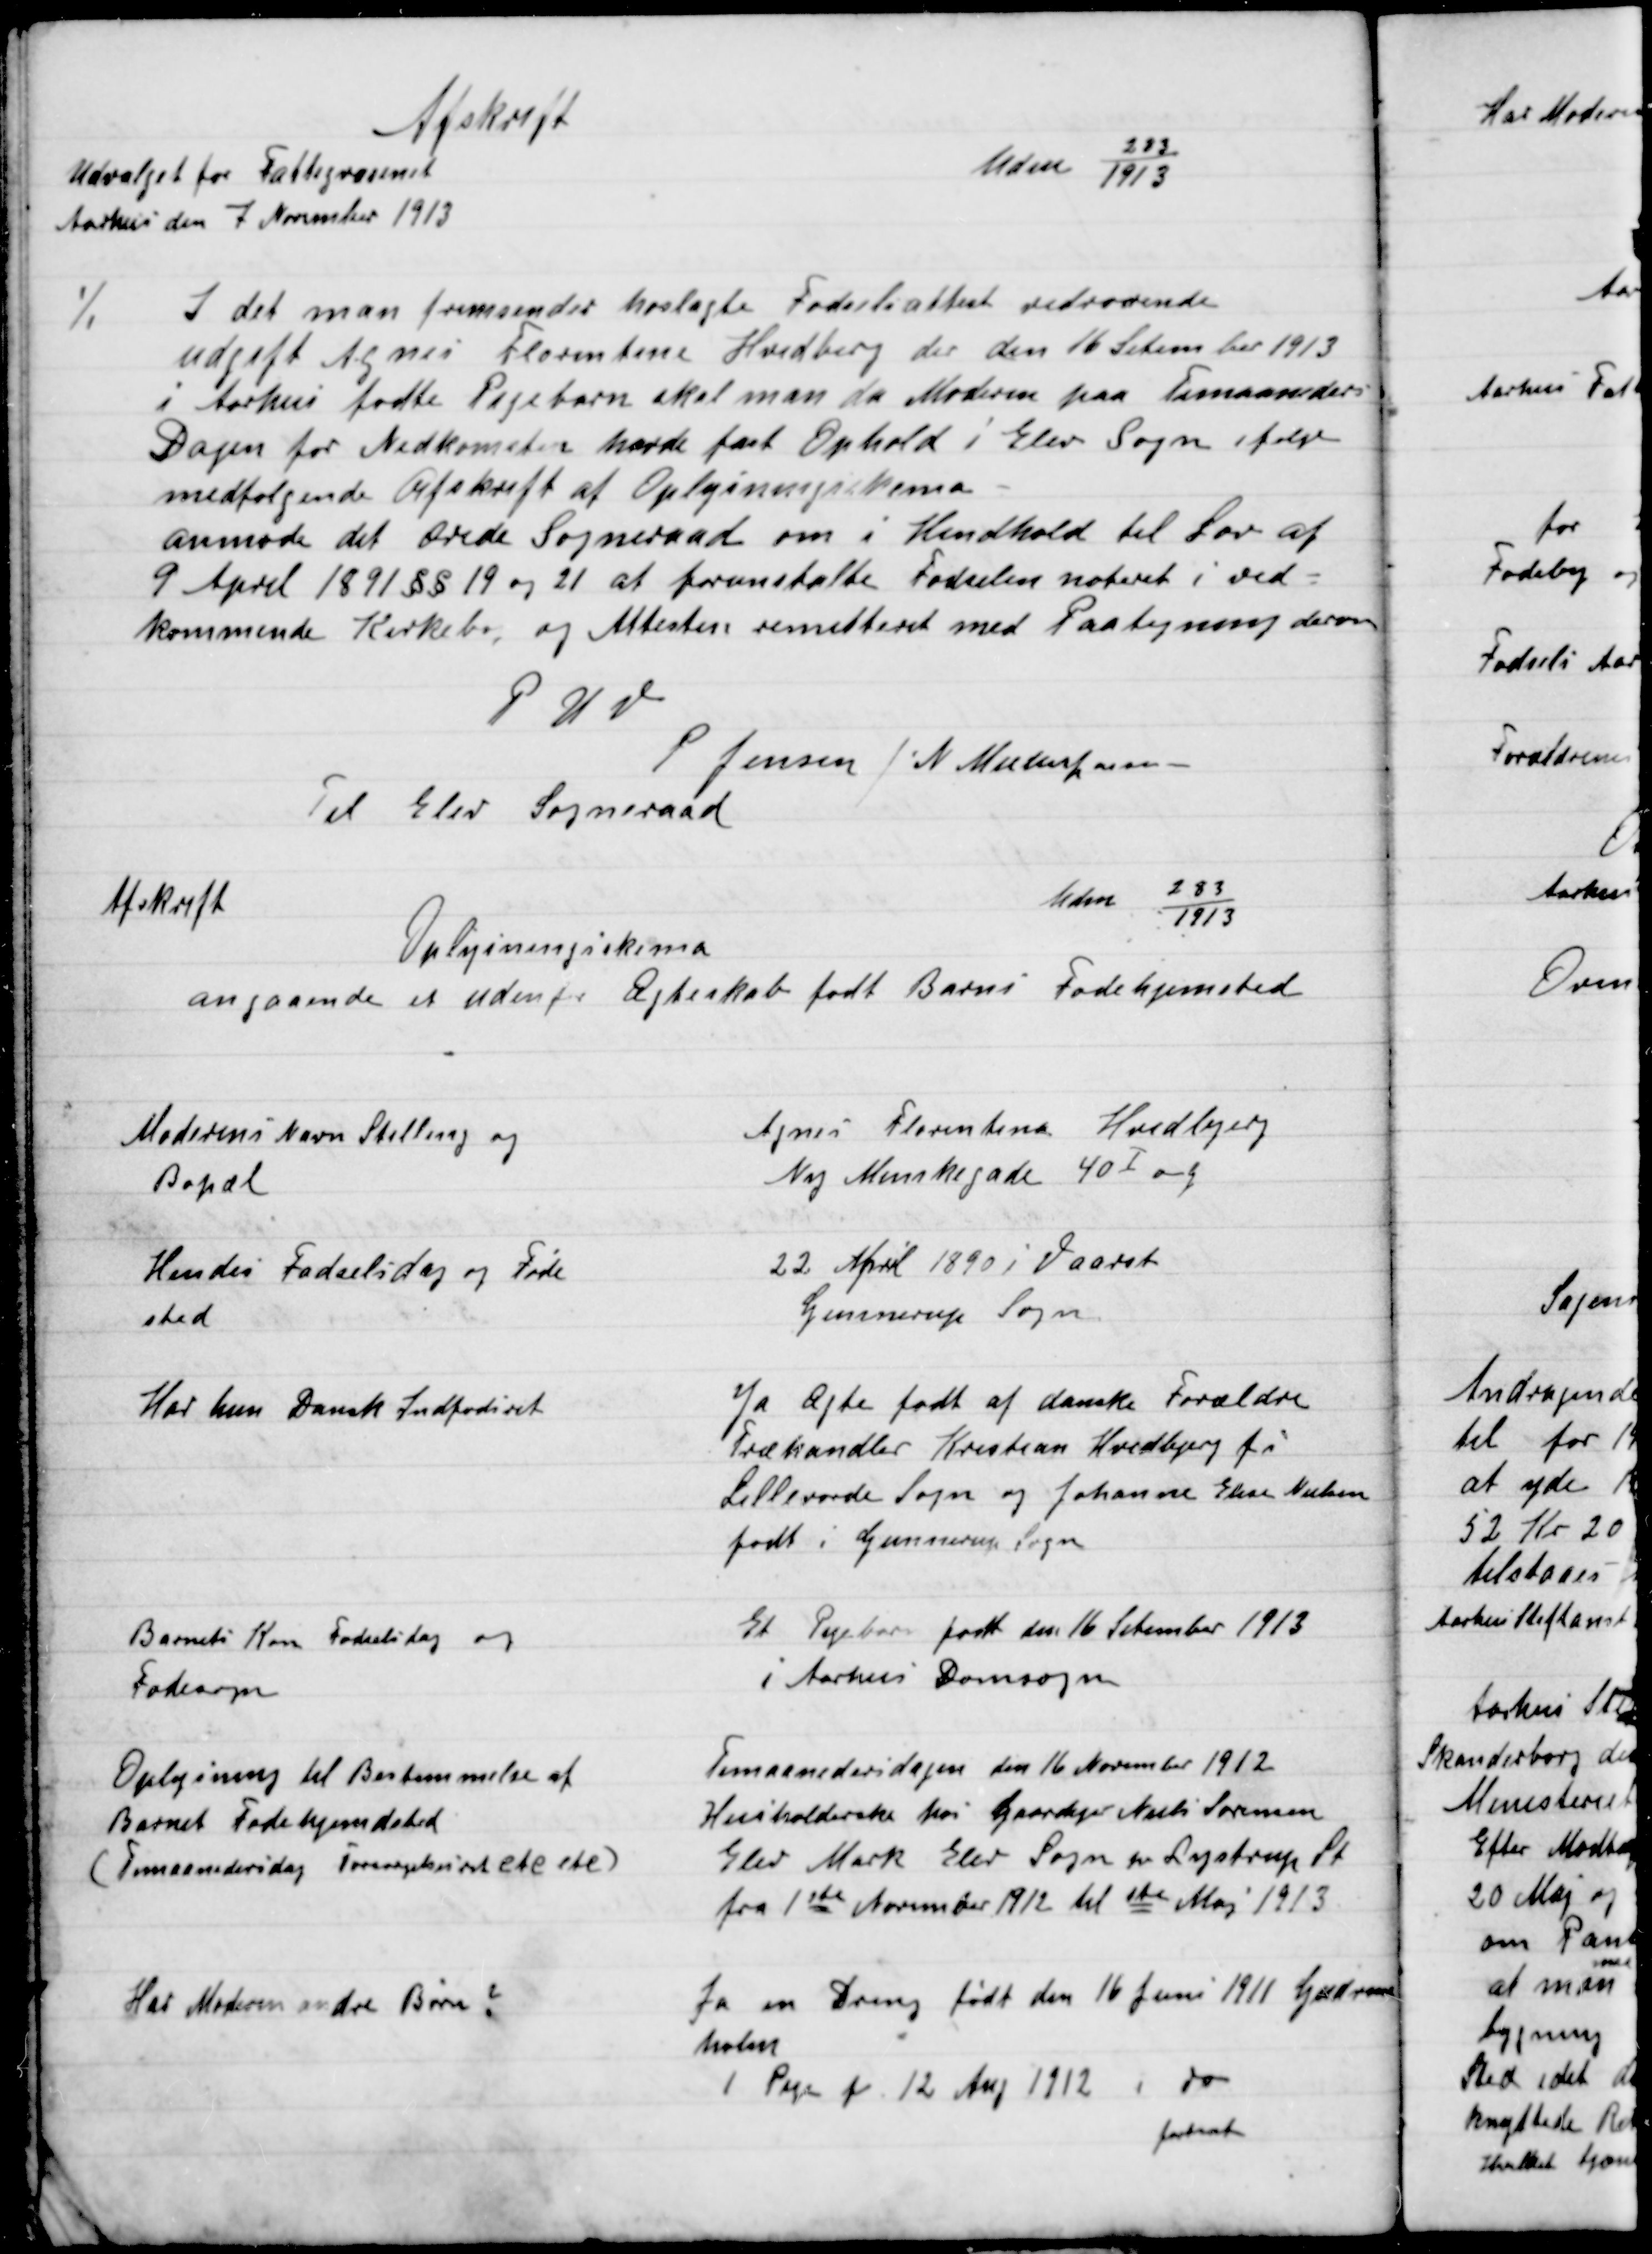
Transskription:
Afskrift
Adm 283/1913
Udvalget for fattigvæsenet
Aarhus den 7 November 1913
%
I det man fremsender hoslagte Fødselsattest vedraaende
Ugift Agnes Florentina Hvedberg der den 16 September 1913
I Aarhus fødte Pigebarn skal man da Moderen paa Timaaneders
Dagen før Nedkomsten have fast Ophold i Elev Sogn efter
medfølgende afskrift af Oplysningsskema
Anmode det Ærede Sogneraad om i Hendhold til Lov af
9 april 1891 §§ 19 og 21 at foranstalte Fødslen noteret i ved-
kommende Kirkebog, og Attesten remitteret med Paategning derom
P.U.V.
P. Jensen / N. Nielsen formand
Til Elev Sogneraad

Afskrift
Amd. 283 / 1913
Oplysningsskema
angaaende et udenfor Ægteskab født Barns Fødehjemsted

Moderens navn stilling og
Bopæl

Agnes Florentina Hvedbjerg
Ny Munkegade 40 I ang.

Hendes Fødselsdag og Føde-
sted

22 April 1890 i Vaarst
Gunnerup Sogn

Har hun Dansk Indfødsret

Ja Ægte født af danske Forældre
Træhandler Krestian Hvedbjerg fra
Lillevarde Sogn og Johanne Elsae Nielsen
Født i Gunnerup Sogn

Barnets Køn Fødselsdag og
Fødesogn

Et Pigebarn født den 16 September 1913
I Aarhus Domsogn

Oplysning til Bestemmelse af
Barnets Fødehjemsted
(Timaanedersdag  etc. Rtc.)

Timaanedersdagen den 16 November 1912
Henholdsvis hos Gaardejer Niels Sørensen
Elev Mark Elev Sogn pr. Lystrup St.
fra 1ste November 1912 til 1ste Maj 1913

Har Moderen andre Børn?

Ja en Dreng født den 16 Juni 1911 Gudrun-
holm
1 Pige f. 12 Maj 1912 i do
fastsat